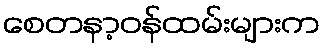
စေတနာ့ဝန်ထမ်းများက